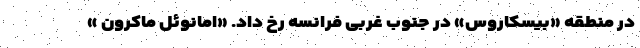
در منطقه «بیسکاروس» در جنوب غربی فرانسه رخ داد. «امانوئل ماکرون »